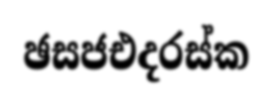
ඡසජඑදරස්ක